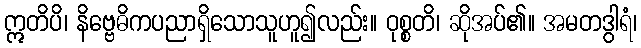
ဣတိပိ၊ နိဗ္ဗေဓိကပညာရှိသောသူဟူ၍လည်း။ ဝုစ္စတိ၊ ဆိုအပ်၏။ အမတဒွါရံ၊